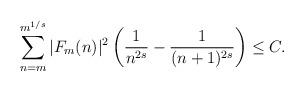
LaTeX: \begin{align*}\sum_{n = m}^{m^{1/s}} |F_m(n)|^2 \left(\frac{1}{n^{2s}}-\frac{1}{(n+1)^{2s}}\right) \leq C.\end{align*}